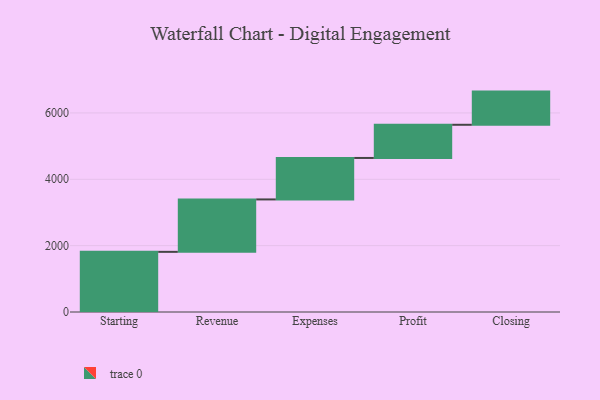
{"axis": {"x": "Step", "y": "Value"}, "legend": [""], "data": [{"x": "Starting", "y": 1813.0, "type": ""}, {"x": "Revenue", "y": 1580.0, "type": ""}, {"x": "Expenses", "y": 1250.0, "type": ""}, {"x": "Profit", "y": 1000, "type": ""}, {"x": "Closing", "y": 1000, "type": ""}]}